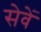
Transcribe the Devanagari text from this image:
सेवें